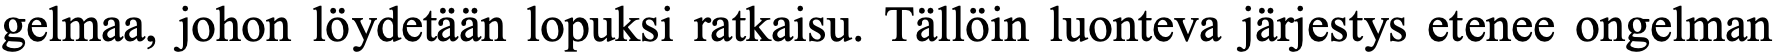
gelmaa, johon löydetään lopuksi ratkaisu. Tällöin luonteva järjestys etenee ongelman